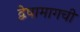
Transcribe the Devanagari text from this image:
द्वेषामागची